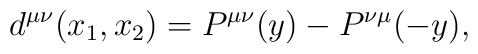
d^{\mu\nu}(x_1,x_2)=P^{\mu\nu}(y)-P^{\nu\mu}(-y),